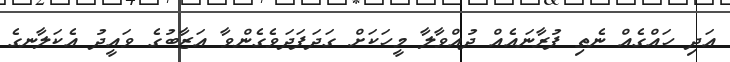
އަދި ހައްގެއް ނެތި ފުރާނައެއް ދުއްވާލާ މީހަކަށް ގަދަފަދަވެގެންވާ އަޒާބުގެ ވައީދު އެކަލާނގެ